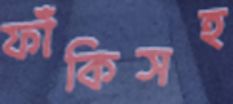
ফাঁকিসহ